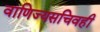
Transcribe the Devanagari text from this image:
वाणिज्यसचिवही